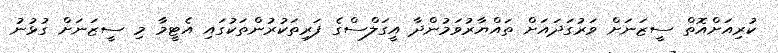
ކުރިއަށްއޮތް ސީޒަނަށް ވަރުގަދައަށް ތައްޔާރުވަމުންދާ އީގަލްސްގެ ފަރިތަކުރުންތަކުގައި އެޓީމާ މި ސީޒަނަށް ގުޅުނު